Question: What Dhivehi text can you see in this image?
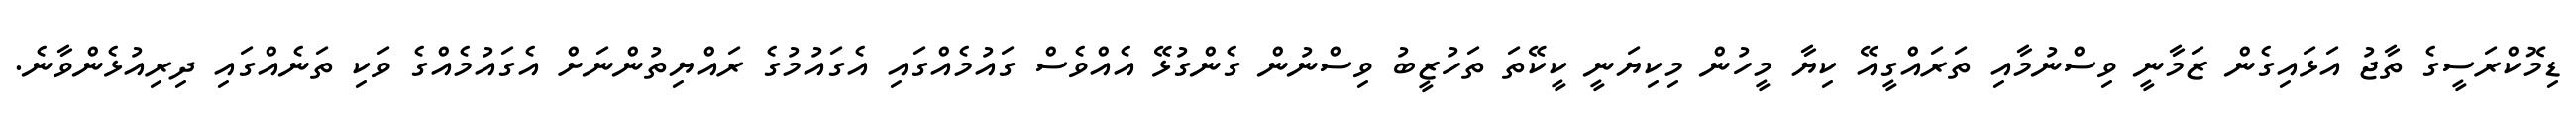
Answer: ޑިމޮކްރަސީގެ ތާޖު އަޅައިގެން ޒަމާނީ ވިސްނުމާއި ތަރައްގީއޭ ކިޔާ މީހުން މިކިޔަނީ ކީކޭތަ ތަހުޒީބު ވިސްނުން ގެންގުޅޭ އެއްވެސް ގައުމެއްގައި އެގައުމުގެ ރައްޔިތުންނަށް އެގައުމެއްގެ ވަކި ތަނެއްގައި ދިރިއުޅެންވާނެ.